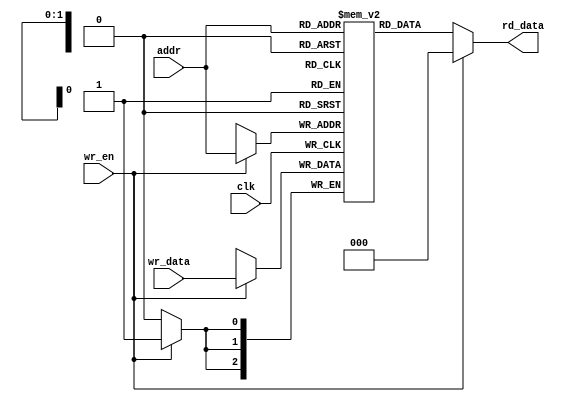
module reg_file #(parameter width = 3)(/*AUTOARG*/
   // Outputs
   rd_data,
   // Inputs
   clk, wr_en, addr, wr_data
   ); 
   input clk;
   input wr_en;
   input [m-1:0] addr;
   input [n-1:0] wr_data;
   output [n-1:0] rd_data;
   
   localparam n = width,
              m = $clog2(width); 
   
   /*AUTOREG*/ 
   /*AUTOWIRE*/

   reg [n-1:0] 	  data_reg [0:2**m-1];
   
  // write operation
     
  always@(posedge clk)
    begin
       if(wr_en)
	 data_reg[addr] <= wr_data;
    end

   // read operation
   
   assign rd_data = (wr_en) ? 'h0 : data_reg[addr];
	  
endmodule